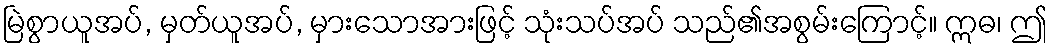
မြဲစွာယူအပ်, မှတ်ယူအပ်, မှားသောအားဖြင့် သုံးသပ်အပ် သည်၏အစွမ်းကြောင့်။ ဣဓ၊ ဤ